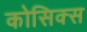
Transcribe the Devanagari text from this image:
कोसिक्स